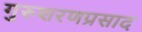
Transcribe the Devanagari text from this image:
गुरुशरणप्रसाद